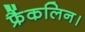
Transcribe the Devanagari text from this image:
फ्रैंकलिन।